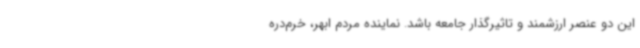
این دو عنصر ارزشمند و تاثیرگذار جامعه باشد. نماینده مردم ابهر، خرم‌دره